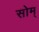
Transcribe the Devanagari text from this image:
सोम्